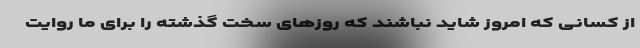
از کسانی که امروز شاید نباشند که روزهای سخت گذشته را برای ما روایت